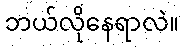
ဘယ်လိုနေရာလဲ။